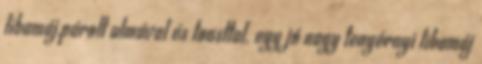
libamáj,párolt almával és toasttal. egy jó nagy tenyérnyi libamáj